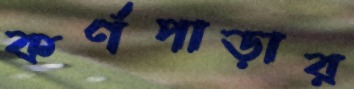
কর্ণপাড়ার